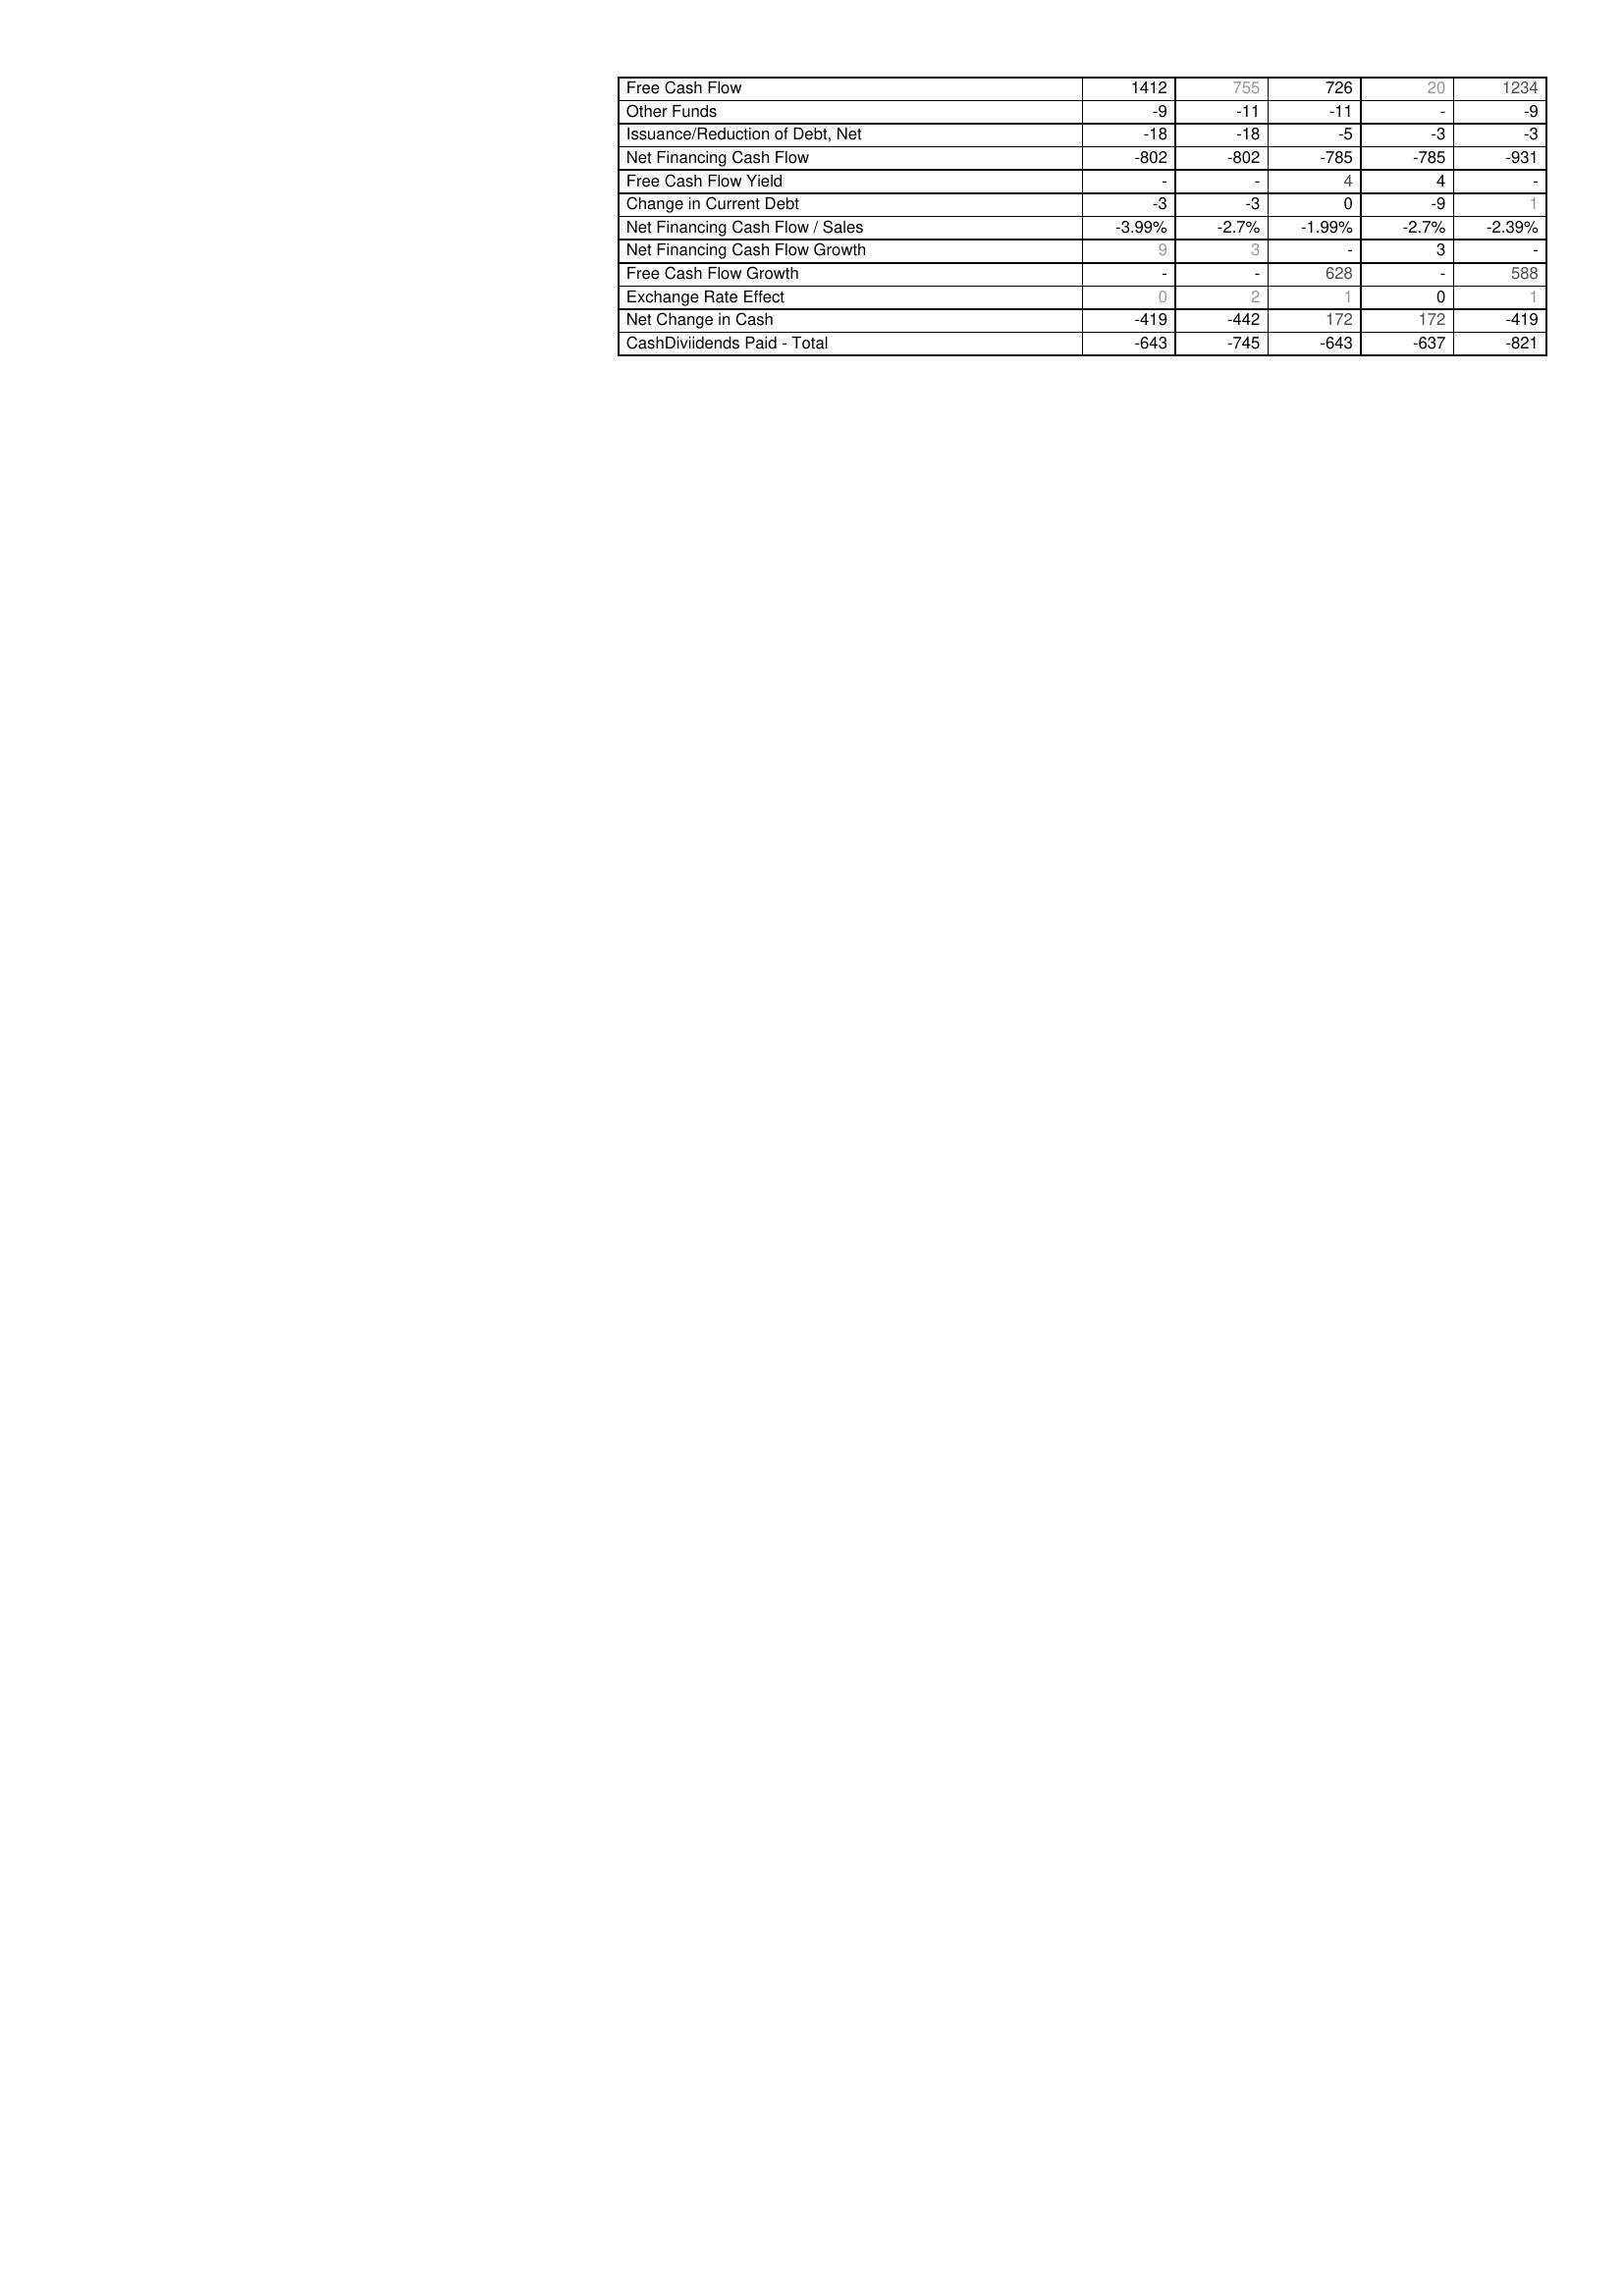
2020: Financing Activities: Free Cash Flow: 1412
Other Funds: -9
Issuance/Reduction of Debt, Net: -18
Net Financing Cash Flow: -802
Free Cash Flow Yield: -
Change in Current Debt: -3
Net Financing Cash Flow / Sales: -3.99%
Net Financing Cash Flow Growth: 9
Free Cash Flow Growth: -
Exchange Rate Effect: 0
Net Change in Cash: -419
CashDiviidends Paid - Total: -643
2021: Financing Activities: Free Cash Flow: 755
Other Funds: -11
Issuance/Reduction of Debt, Net: -18
Net Financing Cash Flow: -802
Free Cash Flow Yield: -
Change in Current Debt: -3
Net Financing Cash Flow / Sales: -2.7%
Net Financing Cash Flow Growth: 3
Free Cash Flow Growth: -
Exchange Rate Effect: 2
Net Change in Cash: -442
CashDiviidends Paid - Total: -745
2022: Financing Activities: Free Cash Flow: 726
Other Funds: -11
Issuance/Reduction of Debt, Net: -5
Net Financing Cash Flow: -785
Free Cash Flow Yield: 4
Change in Current Debt: 0
Net Financing Cash Flow / Sales: -1.99%
Net Financing Cash Flow Growth: -
Free Cash Flow Growth: 628
Exchange Rate Effect: 1
Net Change in Cash: 172
CashDiviidends Paid - Total: -643
2023: Financing Activities: Free Cash Flow: 20
Other Funds: -
Issuance/Reduction of Debt, Net: -3
Net Financing Cash Flow: -785
Free Cash Flow Yield: 4
Change in Current Debt: -9
Net Financing Cash Flow / Sales: -2.7%
Net Financing Cash Flow Growth: 3
Free Cash Flow Growth: -
Exchange Rate Effect: 0
Net Change in Cash: 172
CashDiviidends Paid - Total: -637
2024: Financing Activities: Free Cash Flow: 1234
Other Funds: -9
Issuance/Reduction of Debt, Net: -3
Net Financing Cash Flow: -931
Free Cash Flow Yield: -
Change in Current Debt: 1
Net Financing Cash Flow / Sales: -2.39%
Net Financing Cash Flow Growth: -
Free Cash Flow Growth: 588
Exchange Rate Effect: 1
Net Change in Cash: -419
CashDiviidends Paid - Total: -821